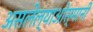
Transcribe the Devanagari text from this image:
असलेल्याओस्मानी